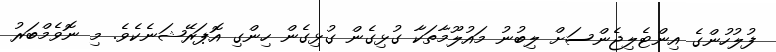
ފުލުހުންގެ އިންޓެލިޖެންސަށް ލިބުނު މައުލޫމާތަކާ ގުޅިގެން ގުޅިގެން ހިންގި އޮޕަރޭޝަނެކެވެ. މި ނޮވެމްބަރު